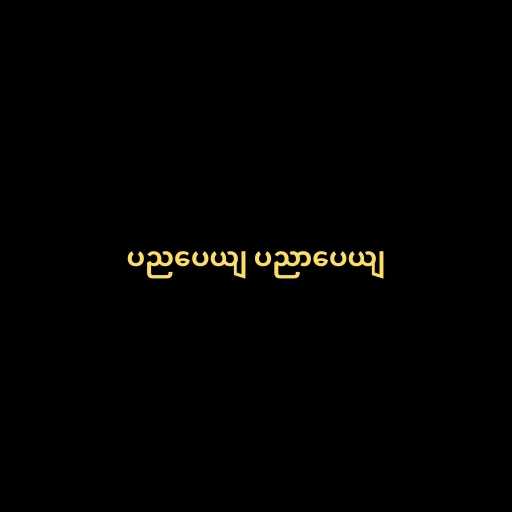
ပညပေယျ ပညာပေယျ